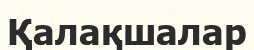
Қалақшалар